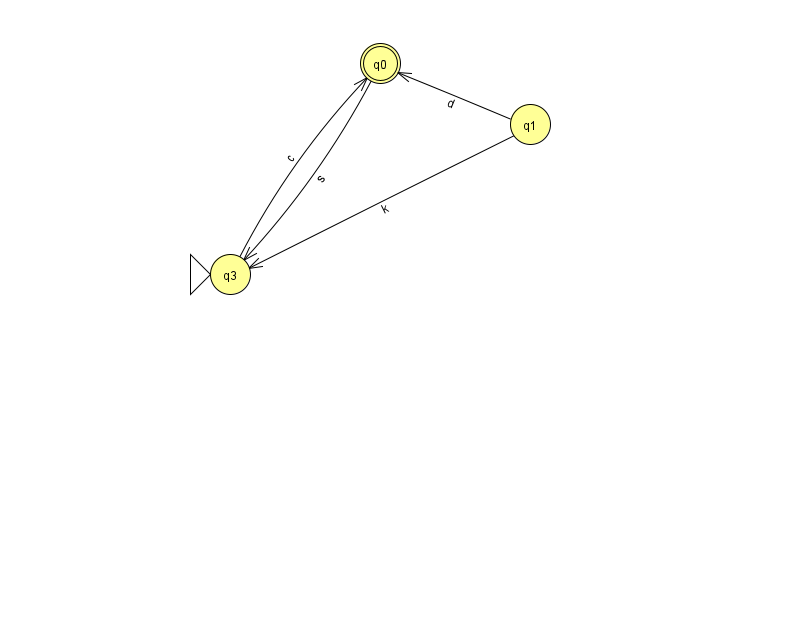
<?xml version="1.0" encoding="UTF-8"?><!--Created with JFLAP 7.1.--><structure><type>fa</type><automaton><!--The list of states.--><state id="0" name="q0"><x>380.0</x><y>50.0</y><final/></state><state id="1" name="q1"><x>530.0</x><y>111.0</y></state><state id="3" name="q3"><x>230.0</x><y>261.0</y><initial/></state><!--The list of transitions.--><transition><from>1</from><to>3</to><read>k</read></transition><transition><from>0</from><to>3</to><read>s</read></transition><transition><from>3</from><to>0</to><read>c</read></transition><transition><from>1</from><to>0</to><read>d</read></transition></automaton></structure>